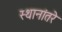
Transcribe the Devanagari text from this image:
स्थानांतरे